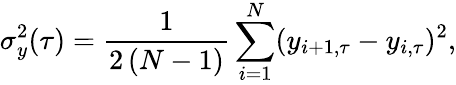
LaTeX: \sigma_{y}^{2}(\tau)=\frac{1}{2\, (N-1)}\sum_{i=1}^{N}(y_{i+1,\tau}-y_{i,\tau})^{2},